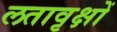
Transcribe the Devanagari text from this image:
लतावृक्षों